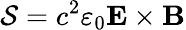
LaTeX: {\mathcal{S}}=c^{2}\varepsilon_{0}\mathbf{E}\times\mathbf{B}